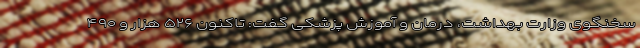
سخنگوی وزارت بهداشت، درمان و آموزش پزشکی گفت: تاکنون ۵۲۶ هزار و ۴۹۰